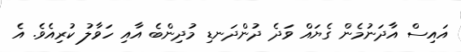
އައިސް އާދަނުމެން ގެޔައް ވަދެ ދުންދަނޑި މުދިންބެ އާއި ހަވާލު ކުރިއެވެ. އެ